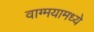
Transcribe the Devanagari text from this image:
वाग्मयामध्ये